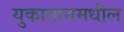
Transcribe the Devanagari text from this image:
युकातानमधील